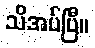
သိအပ်ပြီ။